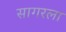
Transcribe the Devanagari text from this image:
सागरला